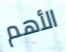
الأهم